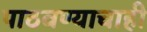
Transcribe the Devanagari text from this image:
पाठवण्याचाही